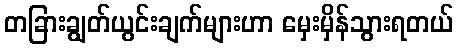
တခြားချွတ်ယွင်းချက်များဟာ မှေးမှိန်သွားရတယ်